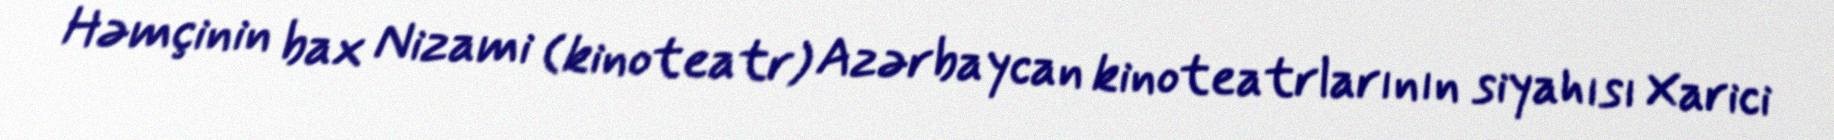
Həmçinin bax Nizami (kinoteatr) Azərbaycan kinoteatrlarının siyahısı Xarici